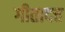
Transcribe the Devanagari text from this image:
गीतादत्त